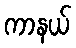
ကာနယ်